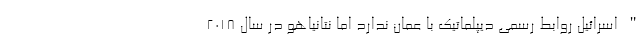
" اسرائیل روابط رسمی دیپلماتیک با عمان ندارد اما نتانیاهو در سال 2018